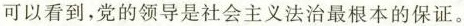
可以看到，党的领导是社会主义法治最根本的保证。